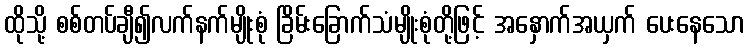
ထိုသို့ စစ်တပ်ချီ၍လက်နက်မျိုးစုံ ခြိမ်းခြောက်သံမျိုးစုံတို့ဖြင့် အနှောက်အယှက် ပေးနေသော